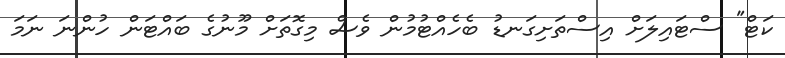
ކަޓް" ސްޓައިލަށް އިސްތަށިގަނޑު ބެހެއްޓުމުން ވެސް މިގޮތަށް މޫނުގެ ބައްޓަން ހުންނަ ނަމަ